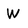
Character: W